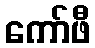
ကော်ဖီ